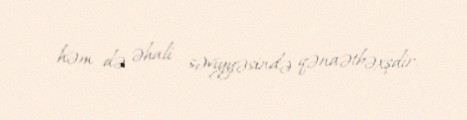
həm də əhali səviyyəsində qənaətbəxşdir.